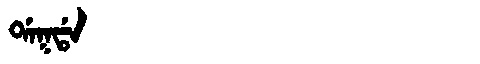
Manchu: ᡩᠠᡴᡩᠠ
Romanization: DAKDA